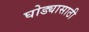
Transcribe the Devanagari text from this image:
घोड्यासाठी